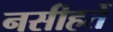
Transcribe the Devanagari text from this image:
नसीहतें